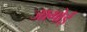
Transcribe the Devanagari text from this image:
जागोई